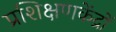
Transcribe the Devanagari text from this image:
प्रशिक्षणकेंद्रों